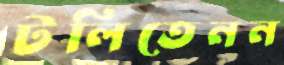
টলিতেনন